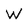
Character: W